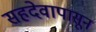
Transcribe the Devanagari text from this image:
सहदेवापासून